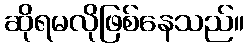
ဆိုရမလိုဖြစ်နေသည်။